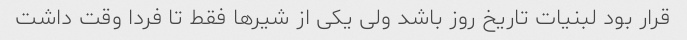
قرار بود لبنیات تاریخ روز باشد ولی یکی از شیرها فقط تا فردا وقت داشت